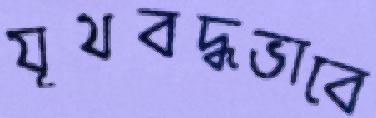
যূথবদ্ধভাবে